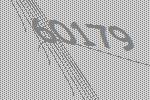
60179